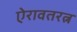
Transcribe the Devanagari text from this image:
ऐरावतरत्न